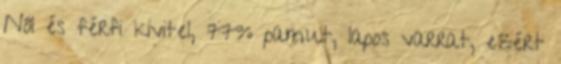
Női és férfi kivitel, 77% pamut, lapos varrat, ezért